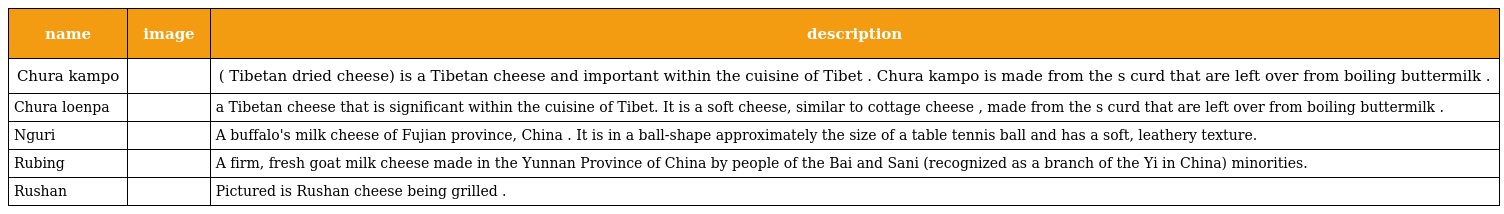
| name | image | description |
 | --- | --- | --- |
 | Chura kampo |  | ( Tibetan dried cheese) is a Tibetan cheese and important within the cuisine of Tibet . Chura kampo is made from the s curd that are left over from boiling buttermilk . |
 | Chura loenpa |  | a Tibetan cheese that is significant within the cuisine of Tibet. It is a soft cheese, similar to cottage cheese , made from the s curd that are left over from boiling buttermilk . |
 | Nguri |  | A buffalo's milk cheese of Fujian province, China . It is in a ball-shape approximately the size of a table tennis ball and has a soft, leathery texture. |
 | Rubing |  | A firm, fresh goat milk cheese made in the Yunnan Province of China by people of the Bai and Sani (recognized as a branch of the Yi in China) minorities. |
 | Rushan |  | Pictured is Rushan cheese being grilled . |